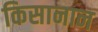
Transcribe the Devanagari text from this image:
किसानान